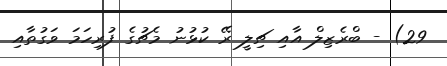
29) - ބްރެޒިލް އާއި ޗިލީ ރޭ ކުޅުނު މެޗުގެ ފުރިހަމަ ވަގުތާއި